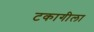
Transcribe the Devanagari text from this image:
टकागीला